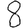
Digit: 8